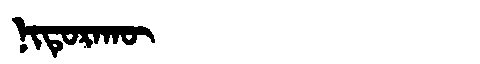
Manchu: ᠨᡳᡨᡠᡵᠠᡴᡡ
Romanization: NITURAKŪ